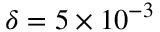
\delta = 5 \times 1 0 ^ { - 3 }